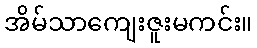
အိမ်သာကျေးဇူးမကင်း။